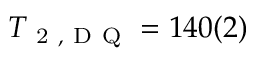
T _ { \mathrm { ~ 2 ~ , ~ D ~ Q ~ } } = 1 4 0 ( 2 )